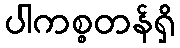
ပါကစ္စတန်ရှိ